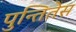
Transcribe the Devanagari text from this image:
पुन्तितेस